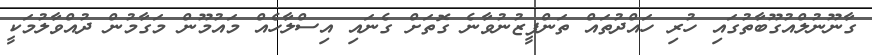
ގާނޫނުލްއުގޫބާތުގައި ހުރި ހައްދުތައް ތަންފީޒުނުވާނެ ގޮތަށް ގެނައި އިސްލާހެއް މައުމޫން މަގާމުން ދުއްވާލުމަކީ